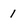
Character: 1